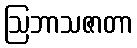
ဩဘာသဇာတာ